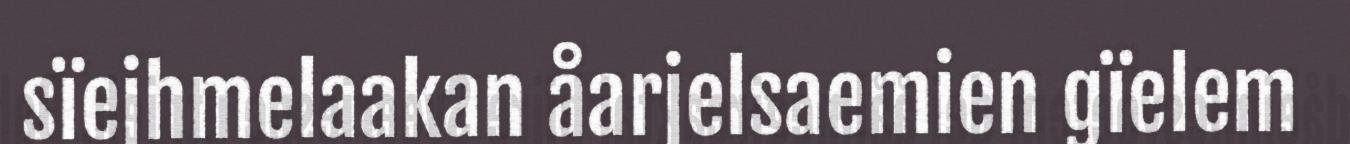
sïejhmelaakan åarjelsaemien gïelem